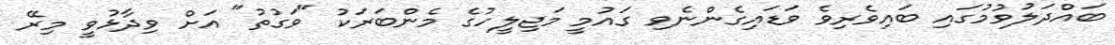
ބައްދަލުވުމުގައި ބައިވެރިވެ ވަޑައިގެންނެވި ގައުމީ މަޖިލީހުގެ މެންބަރަކު "ވަގުތު" އަށް ވިދާޅުވީ މިރޭ